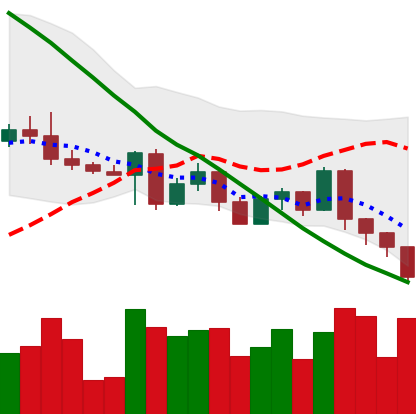
Ticker: ETH-USD
Chart end date: 2022-05-08
Forward return: -19.982%
Label: down_7plus